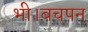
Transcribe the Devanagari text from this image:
भी।बचपन